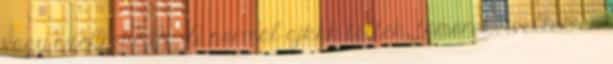
vagy székrekedés. A normál ajkak teltek, tömörek, íveltek és